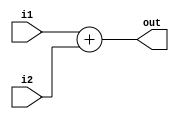
module adder_10bit (
input [9:0] i1,
input [9:0] i2,
output [10:0] out);
assign out[10:0] = i1[9:0] + i2[9:0];
endmodule